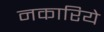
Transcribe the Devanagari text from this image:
नकारिये